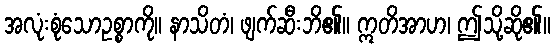
အလုံးစုံသောဥစ္စာကို။ နာသိတံ၊ ဖျက်ဆီးဘိ၏။ ဣတိအာဟ၊ ဤသို့ဆို၏။